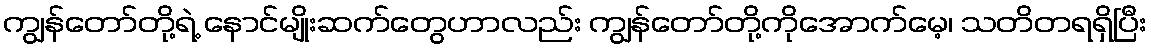
ကျွန်တော်တို့ရဲ့ နောင်မျိုးဆက်တွေဟာလည်း ကျွန်တော်တို့ကိုအောက်မေ့၊ သတိတရရှိပြီး